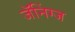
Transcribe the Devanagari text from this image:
जॅनिंग्ज